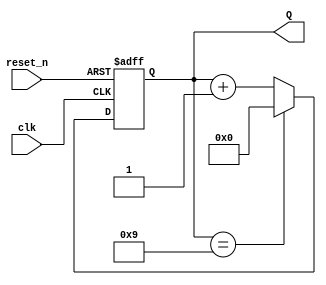
module BCD_Asynchronous_Counter (
    input wire clk,        // Clock signal
    input wire reset_n,    // Asynchronous active-low reset signal
    output reg [3:0] Q     // 4-bit output representing the BCD count
);

// Asynchronous reset and counting logic
always @(posedge clk or negedge reset_n) begin
    if (!reset_n) begin
        Q <= 4'b0000; // Reset the counter to 0
    end else begin
        if (Q == 4'b1001) begin
            Q <= 4'b0000; // Reset to 0 when count reaches 10 (1010)
        end else begin
            Q <= Q + 1; // Increment the counter
        end
    end
end

endmodule